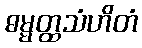
ဓမ္မတ္ထသံဟိတံ